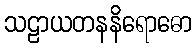
သဠာယတနနိရောဓော